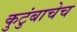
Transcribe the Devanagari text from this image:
कुटुंबाचेच